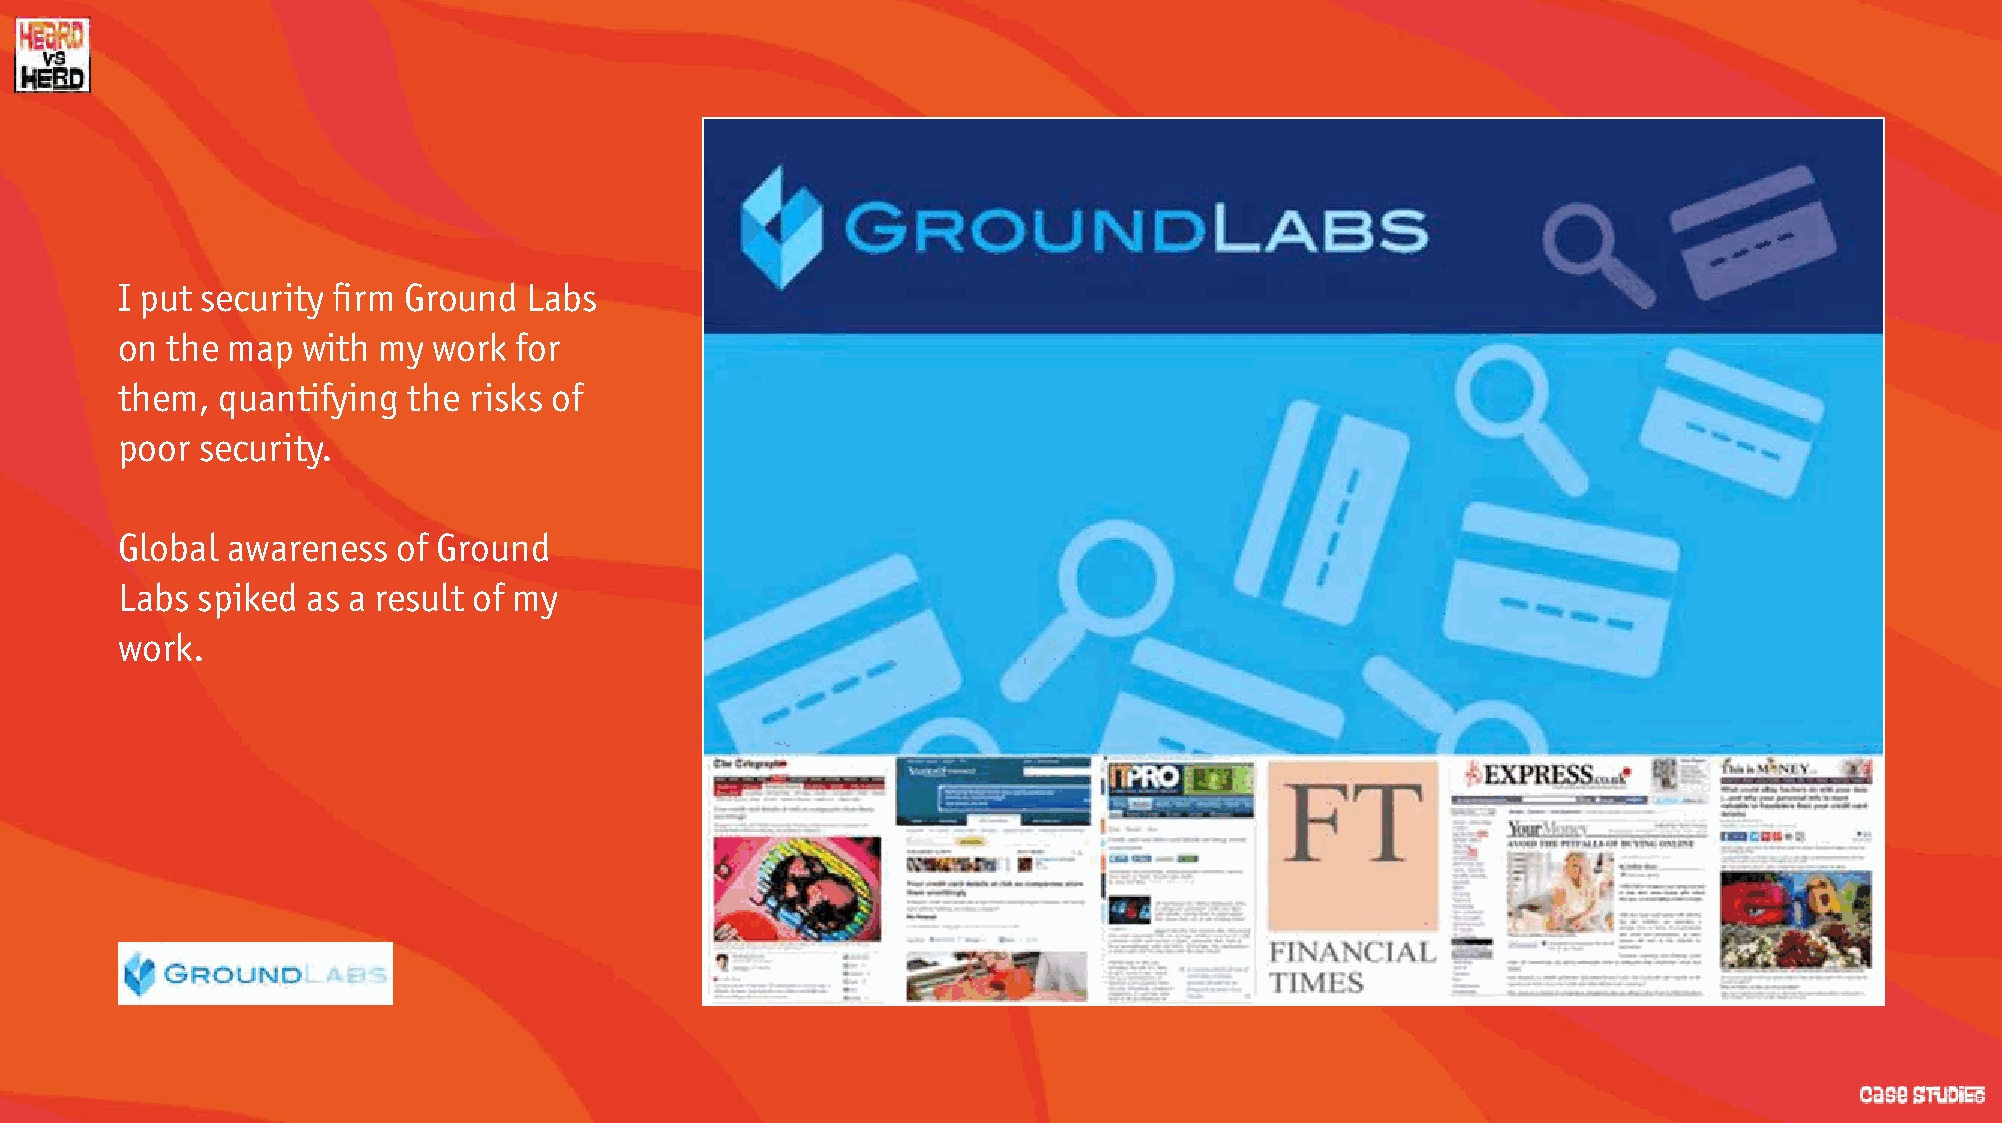
I put security firm Ground Labs
 on the map  with my  work for
 them, quantifying  the risks of
 poor security.
 Global awareness  of Ground
 Labs spiked as a result of my
 work.